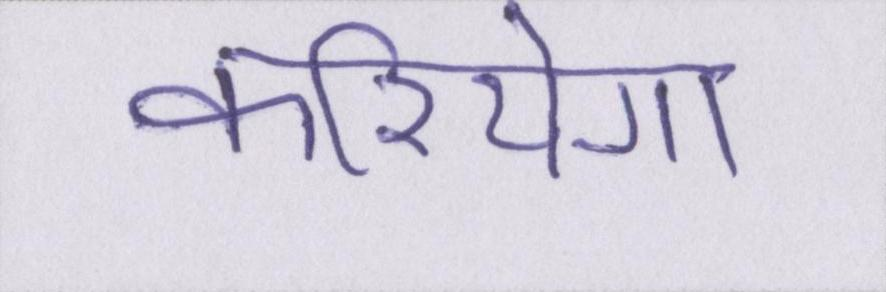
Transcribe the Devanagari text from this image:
करियेगा